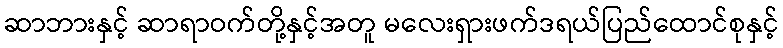
ဆာဘားနှင့် ဆာရာဝက်တို့နှင့်အတူ မလေးရှားဖက်ဒရယ်ပြည်ထောင်စုနှင့်